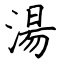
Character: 湯